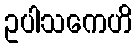
ဥပါသကေဟိ